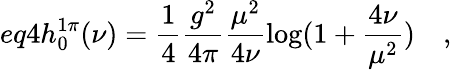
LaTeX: eq4h_{0}^{1\pi}(\nu)=\frac{1}{4}\frac{g^{2}}{4\pi}\frac{\mu^{2}}{4\nu}\log(1+\frac{4\nu}{\mu^{2}})\quad,